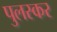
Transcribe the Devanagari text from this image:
पुलस्कर